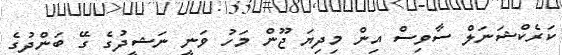
ކަރެކްޝަނަލް ސާވިސް އިން މިދިޔަ ޖޫން މަހު ވަނީ ނަޝީދުގެ ގޭ ބަންދުގެ